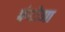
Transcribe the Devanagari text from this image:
फंसेगा